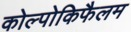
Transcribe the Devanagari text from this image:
कोल्पोकिफैलम